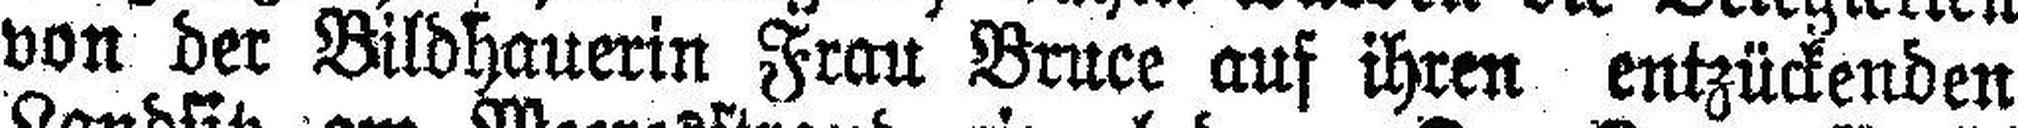
von der Bildhauerin Frau Bruce auf ihren entzückenden